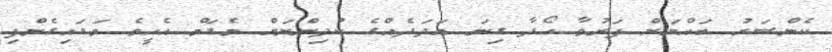
ކެންސަރު ބައްޔަށް ފަރުވާ ހޯދާ ގިނަ އަދަދެއްގެ ކުދިންނަށް މެޑަމް އެހީވެ ވަޑައިގެންފި